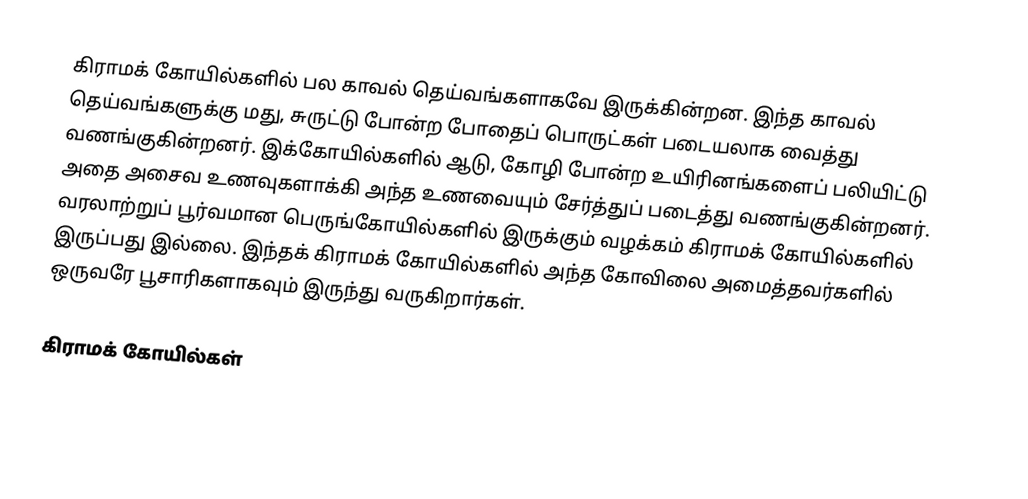
கிராமக் கோயில்களில் பல காவல் தெய்வங்களாகவே இருக்கின்றன. இந்த காவல் தெய்வங்களுக்கு மது, சுருட்டு போன்ற போதைப் பொருட்கள் படையலாக வைத்து வணங்குகின்றனர். இக்கோயில்களில் ஆடு, கோழி போன்ற உயிரினங்களைப் பலியிட்டு அதை அசைவ உணவுகளாக்கி அந்த உணவையும் சேர்த்துப் படைத்து வணங்குகின்றனர். வரலாற்றுப் பூர்வமான பெருங்கோயில்களில் இருக்கும் வழக்கம் கிராமக் கோயில்களில் இருப்பது இல்லை. இந்தக் கிராமக் கோயில்களில் அந்த கோவிலை அமைத்தவர்களில் ஒருவரே பூசாரிகளாகவும் இருந்து வருகிறார்கள்.

கிராமக் கோயில்கள்